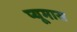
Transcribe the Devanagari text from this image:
प्यूमास